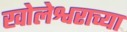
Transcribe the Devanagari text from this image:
खोलेश्वराच्या